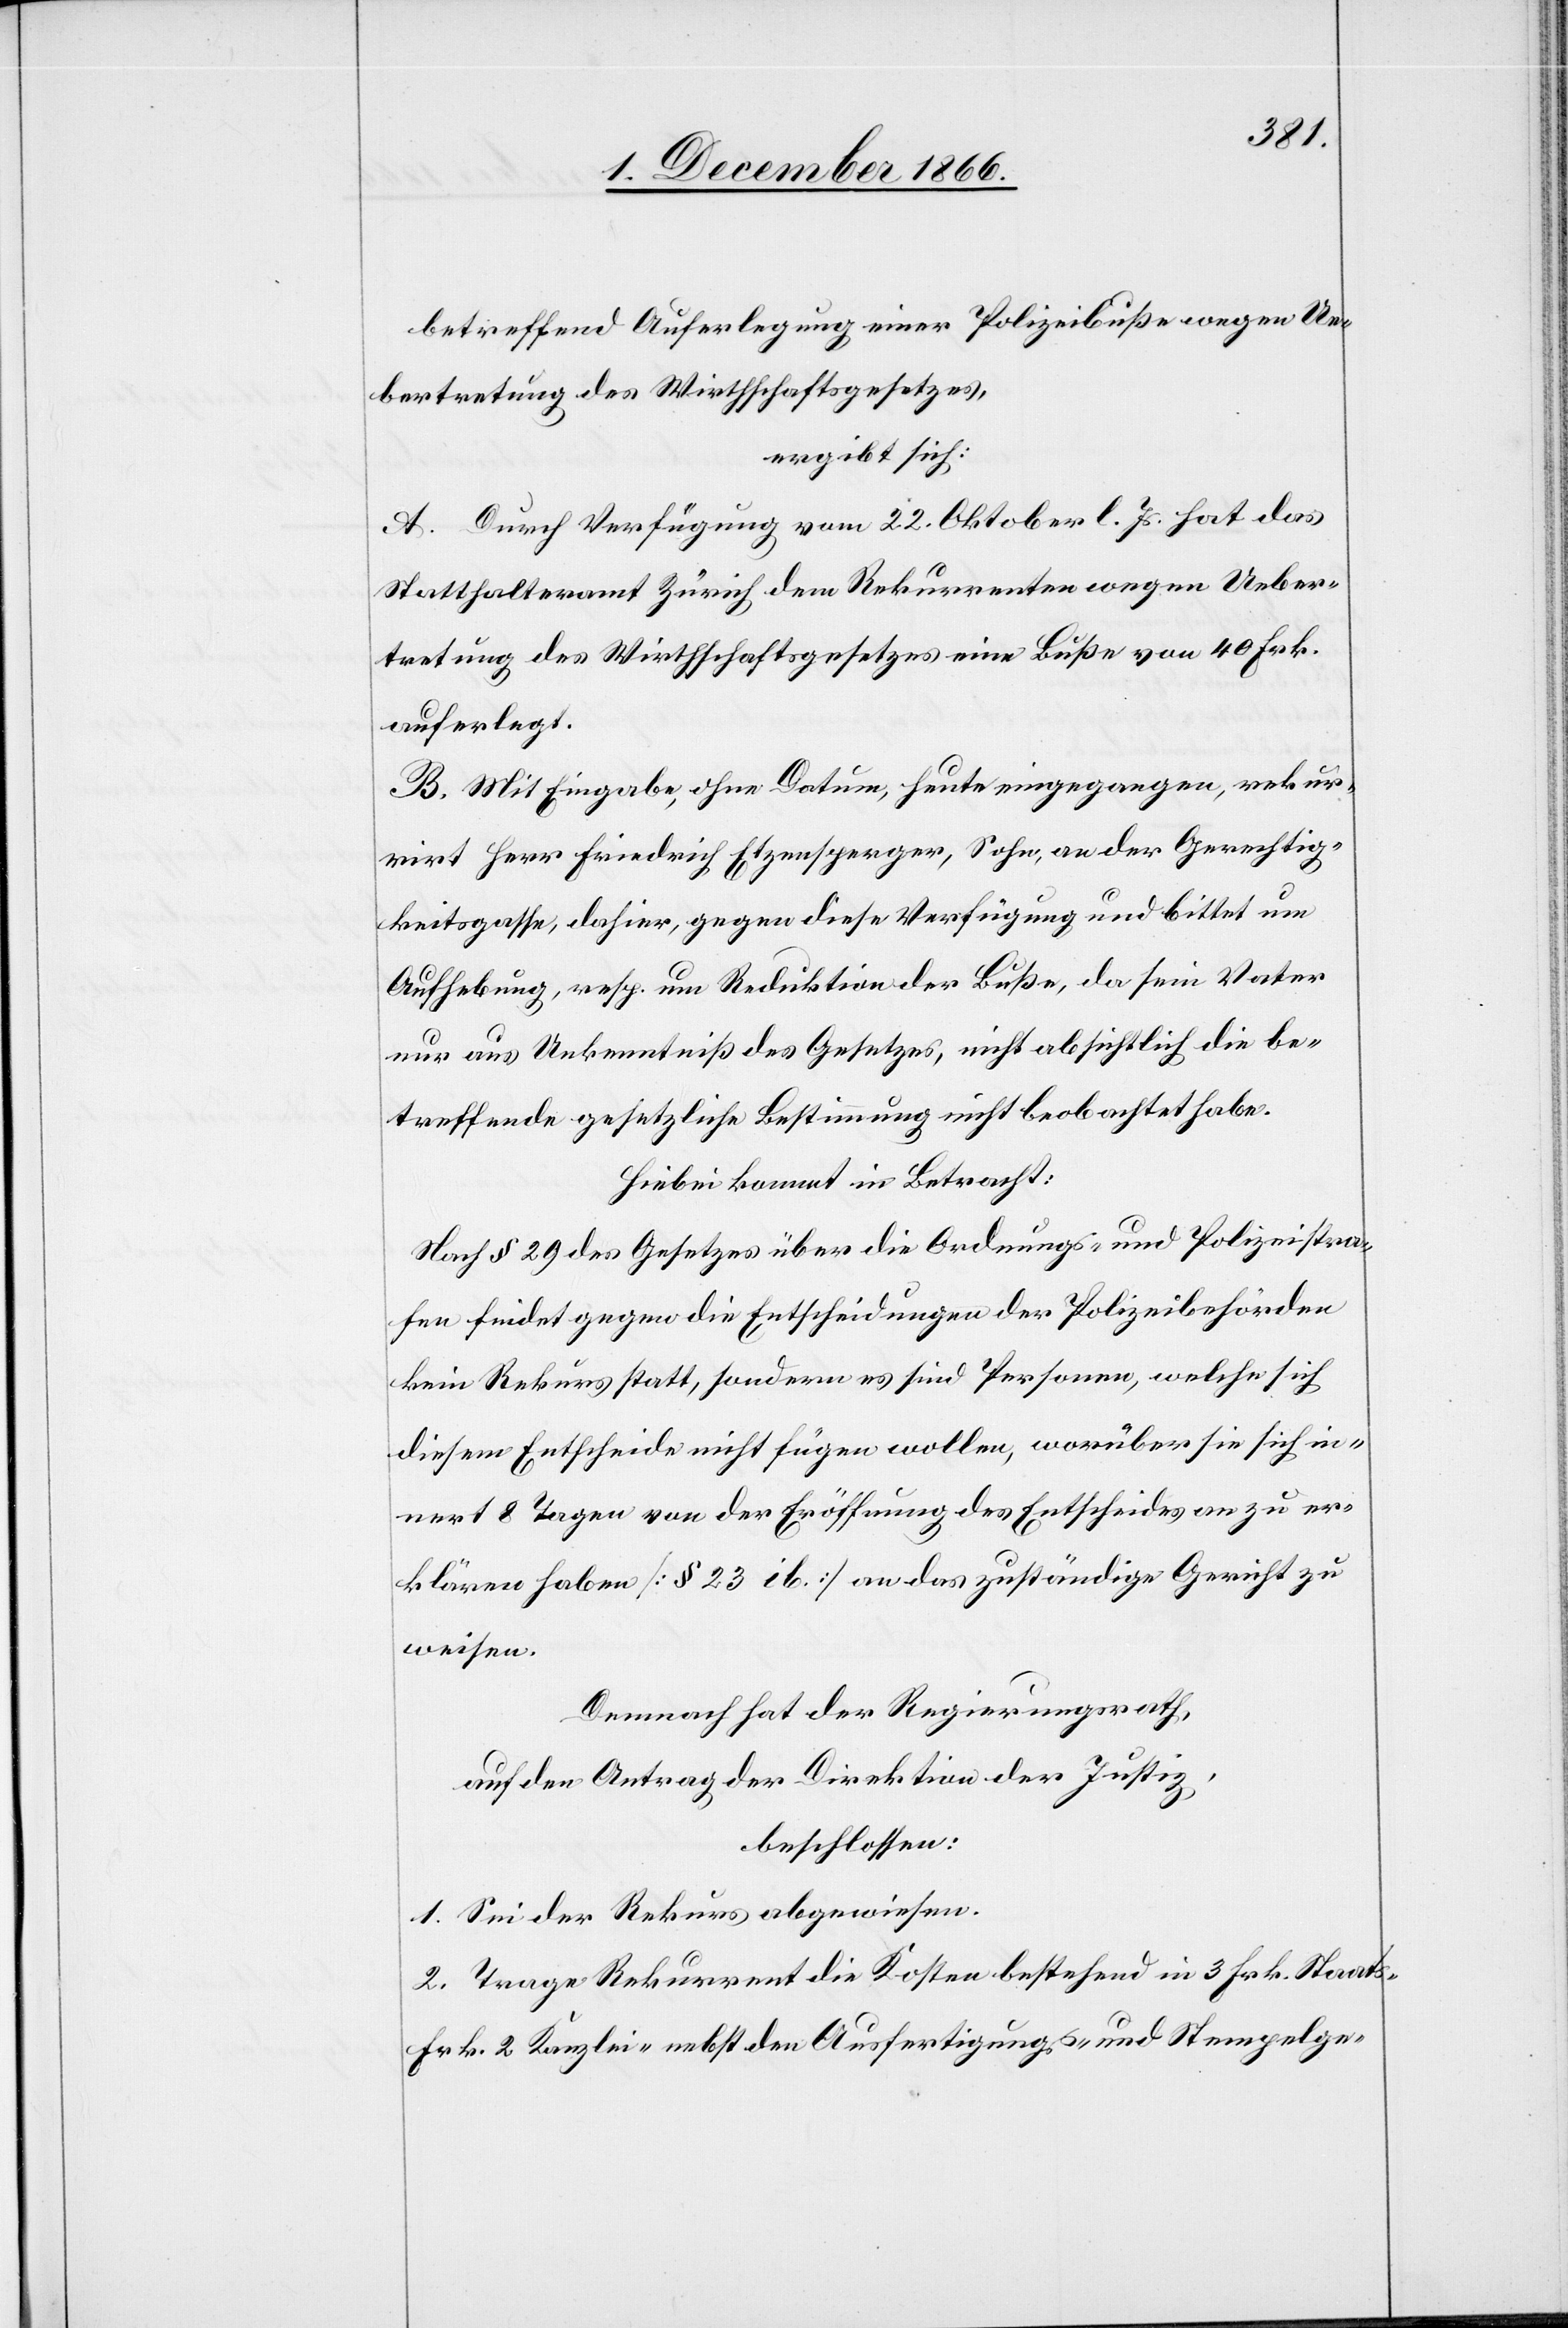
betreffend Auferlegung einer Polizeibuße wegen Ue¬
bertretung des Wirthschaftsgesetzes,
ergibt sich:
A. Durch Verfügung vom 22. Oktober l. Js. hat das
Statthalteramt Zürich dem Rekurrenten wegen Ueber¬
tretung des Wirthschaftsgesetzes eine Buße von 40 Frk.
auferlegt.
B. Mit Eingabe, ohne Datum, heute eingegangen, rekur¬
rirt Herr Friedrich Etzensperger, Sohn, an der Gerechtig¬
keitsgasse, dahier, gegen diese Verfügung und bittet um
Aufhebung, resp. um Reduktion der Buße, da sein Vater
nur aus Unkenntniß des Gesetzes, nicht absichtlich die be¬
treffende gesetzliche Bestimmung nicht beobachtet habe.
Hiebei kommt in Betracht:
Nach § 29 des Gesetzes über die Ordnungs- und Polizeistra¬
fen findet gegen die Entscheidungen der Polizeibehörden
kein Rekurs statt, sondern es sind Personen, welche sich
diesem Entscheide nicht fügen wollen, worüber sie sich in¬
nert 8 Tagen von der Eröffnung des Entscheides an zu er¬
klären haben [§ 23 ib] an das zuständige Gericht zu
weisen.
Demnach hat der Regierungsrath,
auf den Antrag der Direktion der Justiz,
beschlossen:
1. Sei der Rekurs abgewiesen.
2. Trage Rekurrent die Kosten bestehend in 3 Frk. Staats-[,]
Frk. 2 Kanzlei- nebst den Ausfertigungs- und Stempelge-